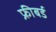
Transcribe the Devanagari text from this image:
फ्रीबर्ड